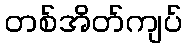
တစ်အိတ်ကျပ်